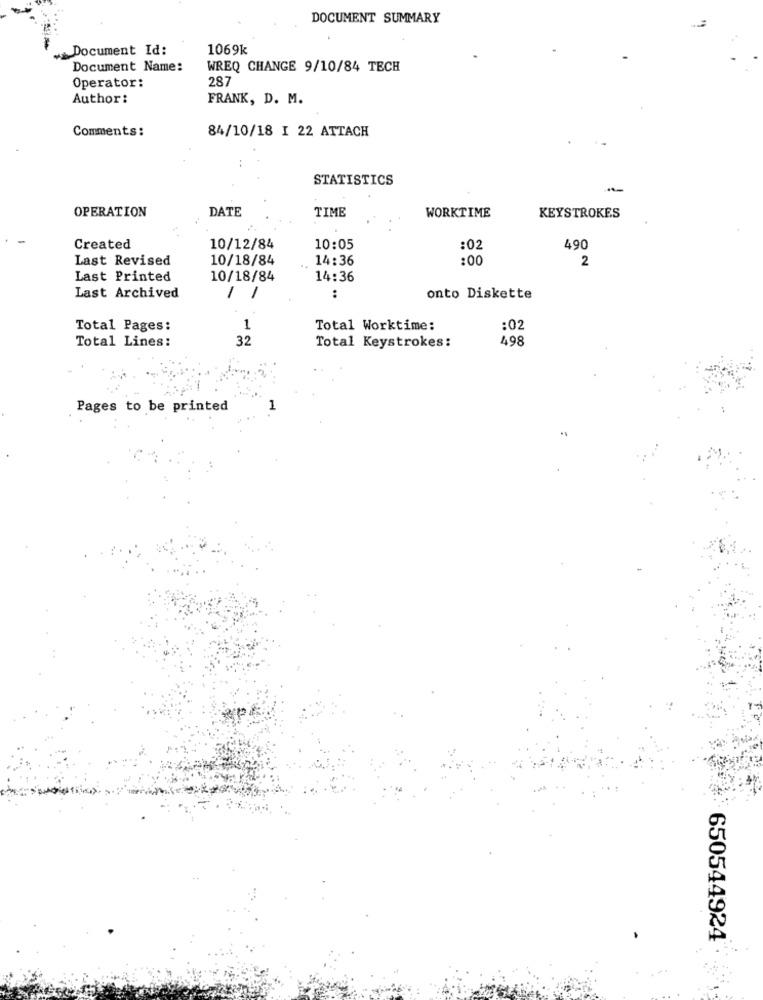
DOCUMENT SUMMARY
Document Id:
1069k
Document Name:
WREQ CHANGE 9/10/84 TECH
287
Operator:
Author:
FRANK, D. M.
Comments:
84/10/18 I 22 ATTACH
STATISTICS
OPERATION
DATE
TIME
WORKTIME
KEYSTROKES
Created
10/12/84
10:05
:02
490
Last Revised
10/18/84
14:36
:00
2
Last Printed
10/18/84
14:36
Last Archived
1
:
onto Diskette
Total Pages:
1
Total Worktime:
:02
Total Lines:
32
498
Total Keystrokes:
Pages to be printed
650544924